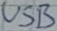
Text: USB